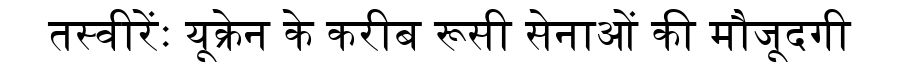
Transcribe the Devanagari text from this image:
तस्वीरेंः यूक्रेन के करीब रूसी सेनाओं की मौजूदगी